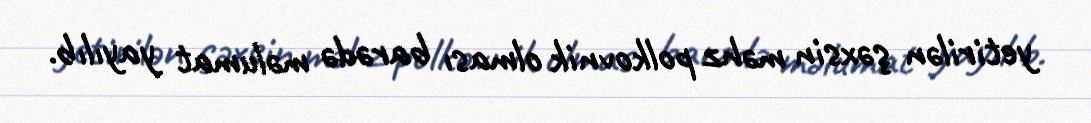
yetirilən şəxsin məhz polkovnik olması barədə məlumat yayılıb.